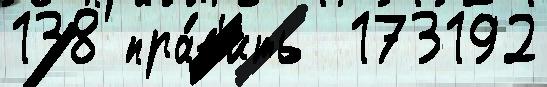
138 пра́в'ить  173192